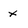
Character: x